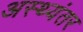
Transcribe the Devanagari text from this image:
अस्थ्यंतर